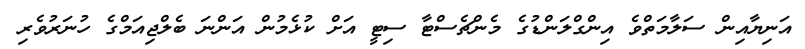
އަނިޔާއިން ސަލާމަތްވެ އިންގްލަންޑުގެ މެންޗެސްޓާ ސިޓީ އަށް ކުޅެމުން އަންނަ ބެލްޖިއަމްގެ ހުނަރުވެރި